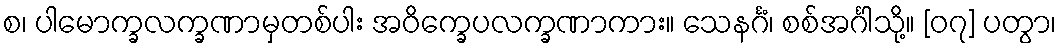
စ၊ ပါမောက္ခလက္ခဏာမှတစ်ပါး အဝိက္ခေပလက္ခဏာကား။ သေနင်္ဂံ၊ စစ်အင်္ဂါသို့။ [၀၇] ပတွာ၊